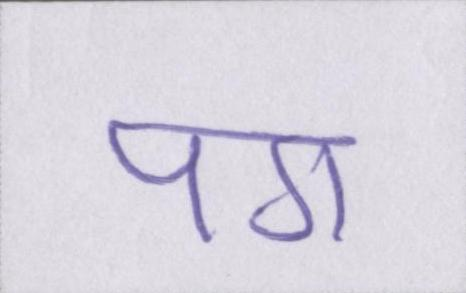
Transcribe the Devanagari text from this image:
पग